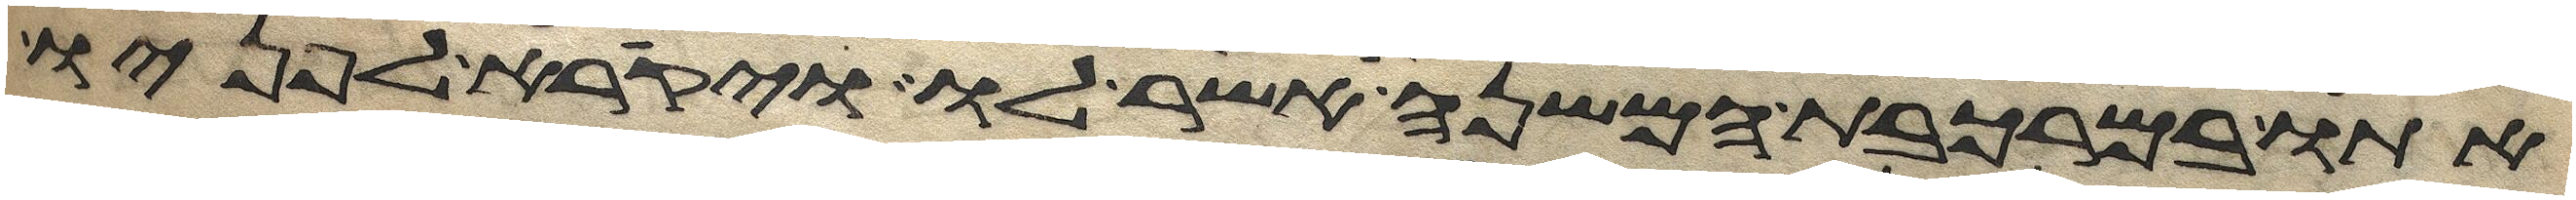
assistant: אתו במרכבת המשנה אשר לו ויקרא לפניו